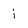
Character: j